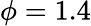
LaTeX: \phi=1.4